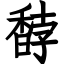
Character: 馞